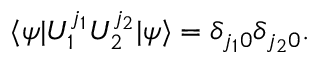
\langle \psi | U _ { 1 } ^ { j _ { 1 } } U _ { 2 } ^ { j _ { 2 } } | \psi \rangle = \delta _ { j _ { 1 } 0 } \delta _ { j _ { 2 } 0 } .